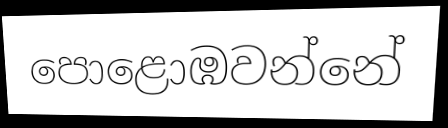
පොළොඹවන්නේ